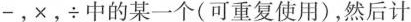
-，times，\div中的某一个(可重复使用)，然后计